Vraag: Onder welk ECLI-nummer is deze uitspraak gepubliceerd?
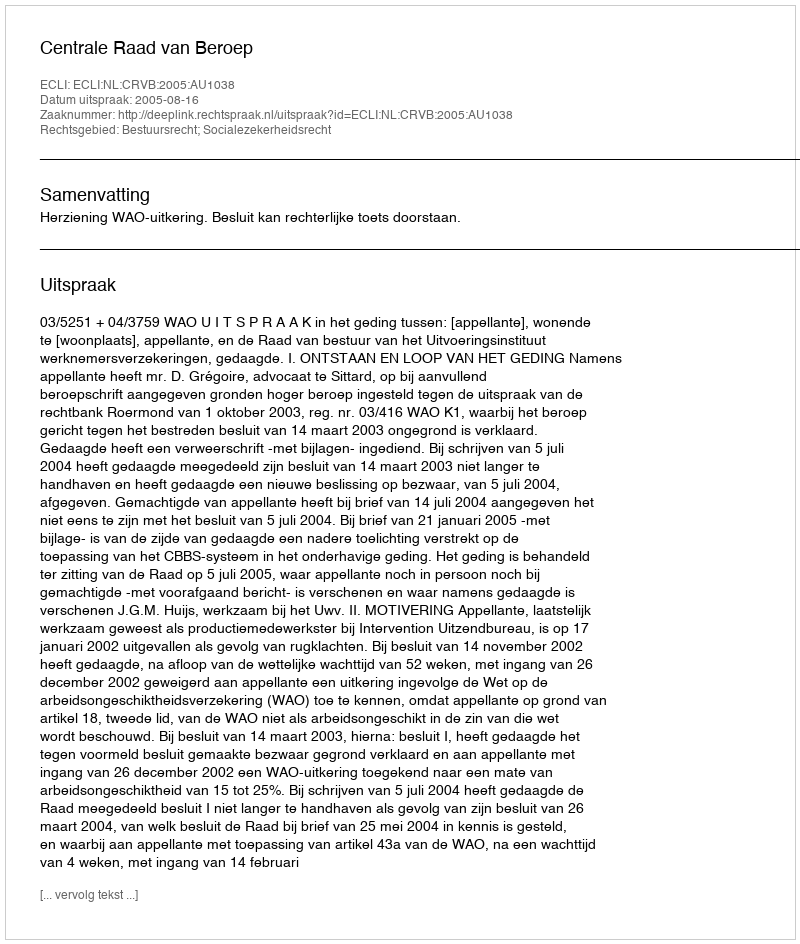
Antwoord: ECLI:NL:CRVB:2005:AU1038